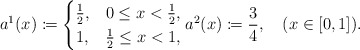
\begin{align*}a^{1}(x)\coloneqq\begin{cases}\frac{1}{2}, & 0\leq x<\frac{1}{2},\\1, & \frac{1}{2}\leq x<1,\end{cases}a^{2}(x)\coloneqq\frac{3}{4},\quad(x\in[0,1]).\end{align*}